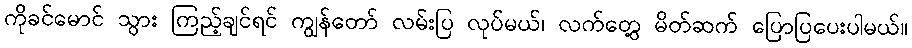
ကိုခင်မောင် သွား ကြည့်ချင်ရင် ကျွန်တော် လမ်းပြ လုပ်မယ်၊ လက်တွေ့ မိတ်ဆက် ပြောပြပေးပါမယ်။